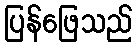
ပြန်ဖြေသည်